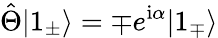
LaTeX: \hat{\Theta}|1_{\pm}\rangle=\mp e^{\textrm{i}\alpha}|1_{\mp}\rangle